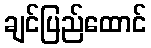
ချင်ပြည်ထောင်